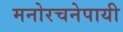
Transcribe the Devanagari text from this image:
मनोरचनेपायी